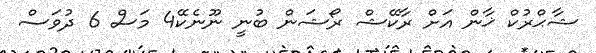
ޝާޙްރުކް ޚާން އަށް ރާކޭޝް ރޯޝަން ބުނީ ނޫނެކޭ4 މަސް 6 ދުވަސް